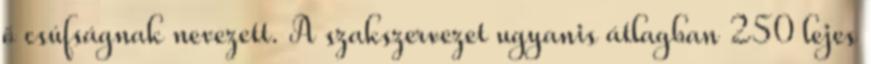
ő csúfságnak nevezett. A szakszervezet ugyanis átlagban 250 lejes